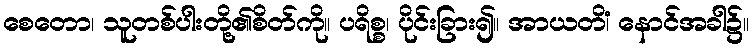
စေတော၊ သူတစ်ပါးတို့၏စိတ်ကို။ ပရိစ္စ၊ ပိုင်းခြား၍။ အာယတိံ၊ နောင်အခါ၌။